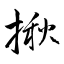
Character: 揪